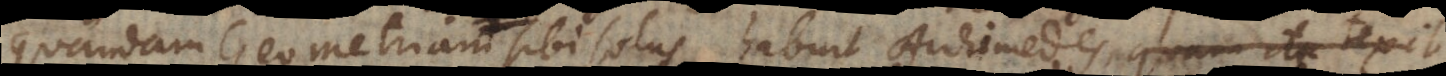
quandam Geometriam sibi solus habuit Archimedes, quam ita texit